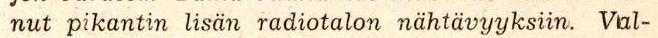
nut pikantin lisän radiotalon nähtävyyksiin. Val-